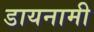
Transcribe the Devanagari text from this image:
डायनामी